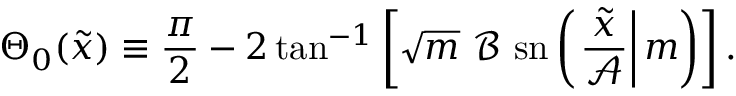
\Theta _ { 0 } ( \tilde { x } ) \equiv \frac { \pi } { 2 } - 2 \tan ^ { - 1 } \left[ \sqrt { m } \ \mathcal { B } \ \mathrm { s n } \left( \left. \frac { \tilde { x } } { \mathcal { A } } \right| m \right) \right] .